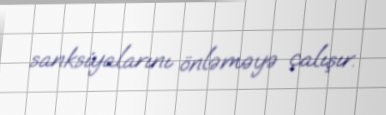
sanksiyalarını önləməyə çalışır.